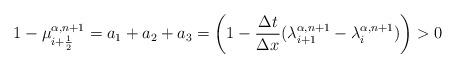
LaTeX: \begin{align*} 1-\mu_{i+\frac{1}{2}}^{\alpha,n+1}=a_1+a_2+a_3=\left(1-\frac{\Delta t}{\Delta x}(\lambda_{i+1}^{\alpha,n+1}-\lambda_{i}^{\alpha,n+1})\right) >0 \end{align*}